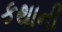
કથાની